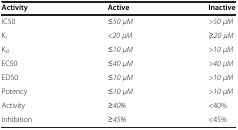
<table><thead><tr><td><b>Activity</b></td><td><b>Active</b></td><td><b>Inactive</b></td></tr></thead><tbody><tr><td>IC50</td><td><i>≤50 μM</i></td><td><i>&gt;50 μM</i></td></tr><tr><td>K<sub>i</sub></td><td><i>&lt;20 μM</i></td><td><i>≥20 μM</i></td></tr><tr><td>K<sub>d</sub></td><td><i>≤10 μM</i></td><td><i>&gt;10 μM</i></td></tr><tr><td>EC50</td><td><i>≤40 μM</i></td><td><i>&gt;40 μM</i></td></tr><tr><td>ED50</td><td><i>≤10 μM</i></td><td><i>&gt;10 μM</i></td></tr><tr><td>Potency</td><td><i>≤10 μM</i></td><td><i>&gt;10 μM</i></td></tr><tr><td>Activity</td><td><i>≥40%</i></td><td>&lt;40%</td></tr><tr><td>Inhibition</td><td><i>≥45%</i></td><td>&lt;45%</td></tr></tbody></table>